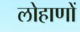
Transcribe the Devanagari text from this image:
लोहाणों